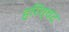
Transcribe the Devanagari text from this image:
हरिश्चंद